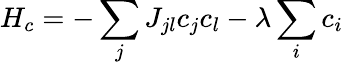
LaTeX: H_{c}=-\sum_{j}J_{jl}c_{j}c_{l}-\lambda\sum_{i}c_{i}